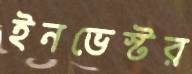
ইনভেস্টর